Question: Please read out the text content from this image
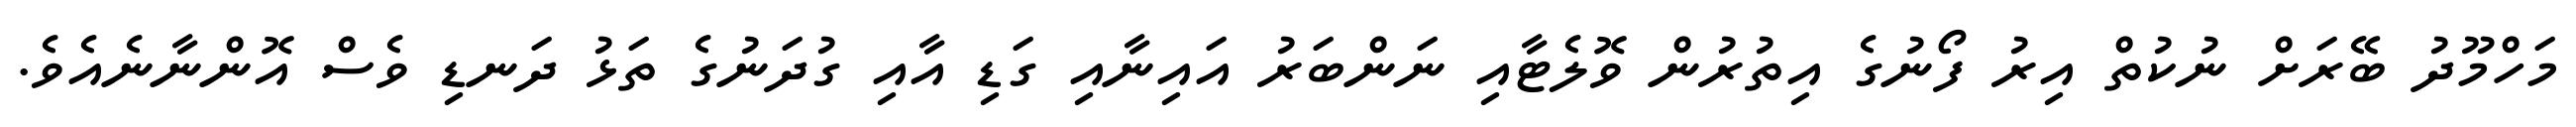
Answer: މަހްމޫދު ބޭރަށް ނުކުތް އިރު ފޯނުގެ އިތުރުން ވޮލެޓާއި ނަންބަރު އައިނާއި ގަޑި އާއި ގުދަނުގެ ތަޅު ދަނޑި ވެސް އޮންނާނެއެވެ.